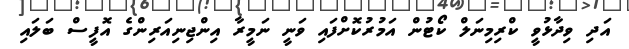
އަދި ވިދާޅުވީ ކްރިމިނަލް ކޯޓުން އަމުރުކޮށްފައި ވަނީ ނަމީރާ އިންޖިނިއަރިންގެ އޮފީސް ބަލައި